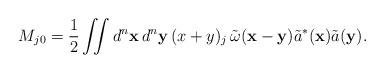
LaTeX: \begin{align*}M_{j0}=\frac{1}{2} \iint d^n \mathbf{x} \, d^n \mathbf{y}\, (x+y)_j\, \tilde{\omega}(\mathbf{x}-\mathbf{y}) \tilde{a}^*(\mathbf{x}) \tilde{a}(\mathbf{y}) .\end{align*}